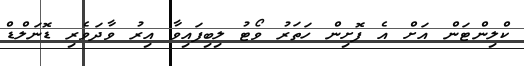
ކްލިންޓަން އަށް އެ ފޮށިން ހަތަރު ވޯޓު ލިބިފައިވާ އިރު ވާދަވެރި ޑޮނަލްޑް